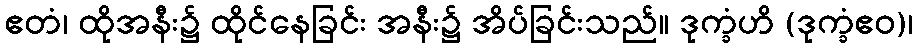
ဧတံ၊ ထိုအနီး၌ ထိုင်နေခြင်း အနီး၌ အိပ်ခြင်းသည်။ ဒုက္ခံဟိ (ဒုက္ခံဧဝ)၊